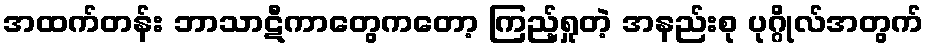
အထက်တန်း ဘာသာဋီကာတွေကတော့ ကြည့်ရှုတဲ့ အနည်းစု ပုဂ္ဂိုလ်အတွက်